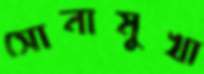
সোনামুখা